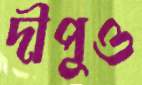
দীপুও